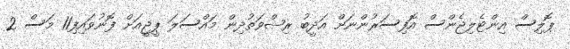
ޕޮލިސް އިންޓެލިޖެންސް އޮފިސަރުންނަށް އަދީބު ރިޝްވަތުދިން މައްސަލަ ޕީޖީއަށް ފޮނުވައިފި11 މަސް 2